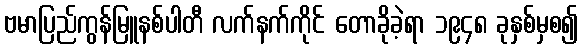
ဗမာပြည်ကွန်မြူနစ်ပါတီ လက်နက်ကိုင် တောခိုခဲ့ရာ ၁၉၄၈ ခုနှစ်မှစ၍